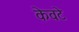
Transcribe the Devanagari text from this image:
केवटे